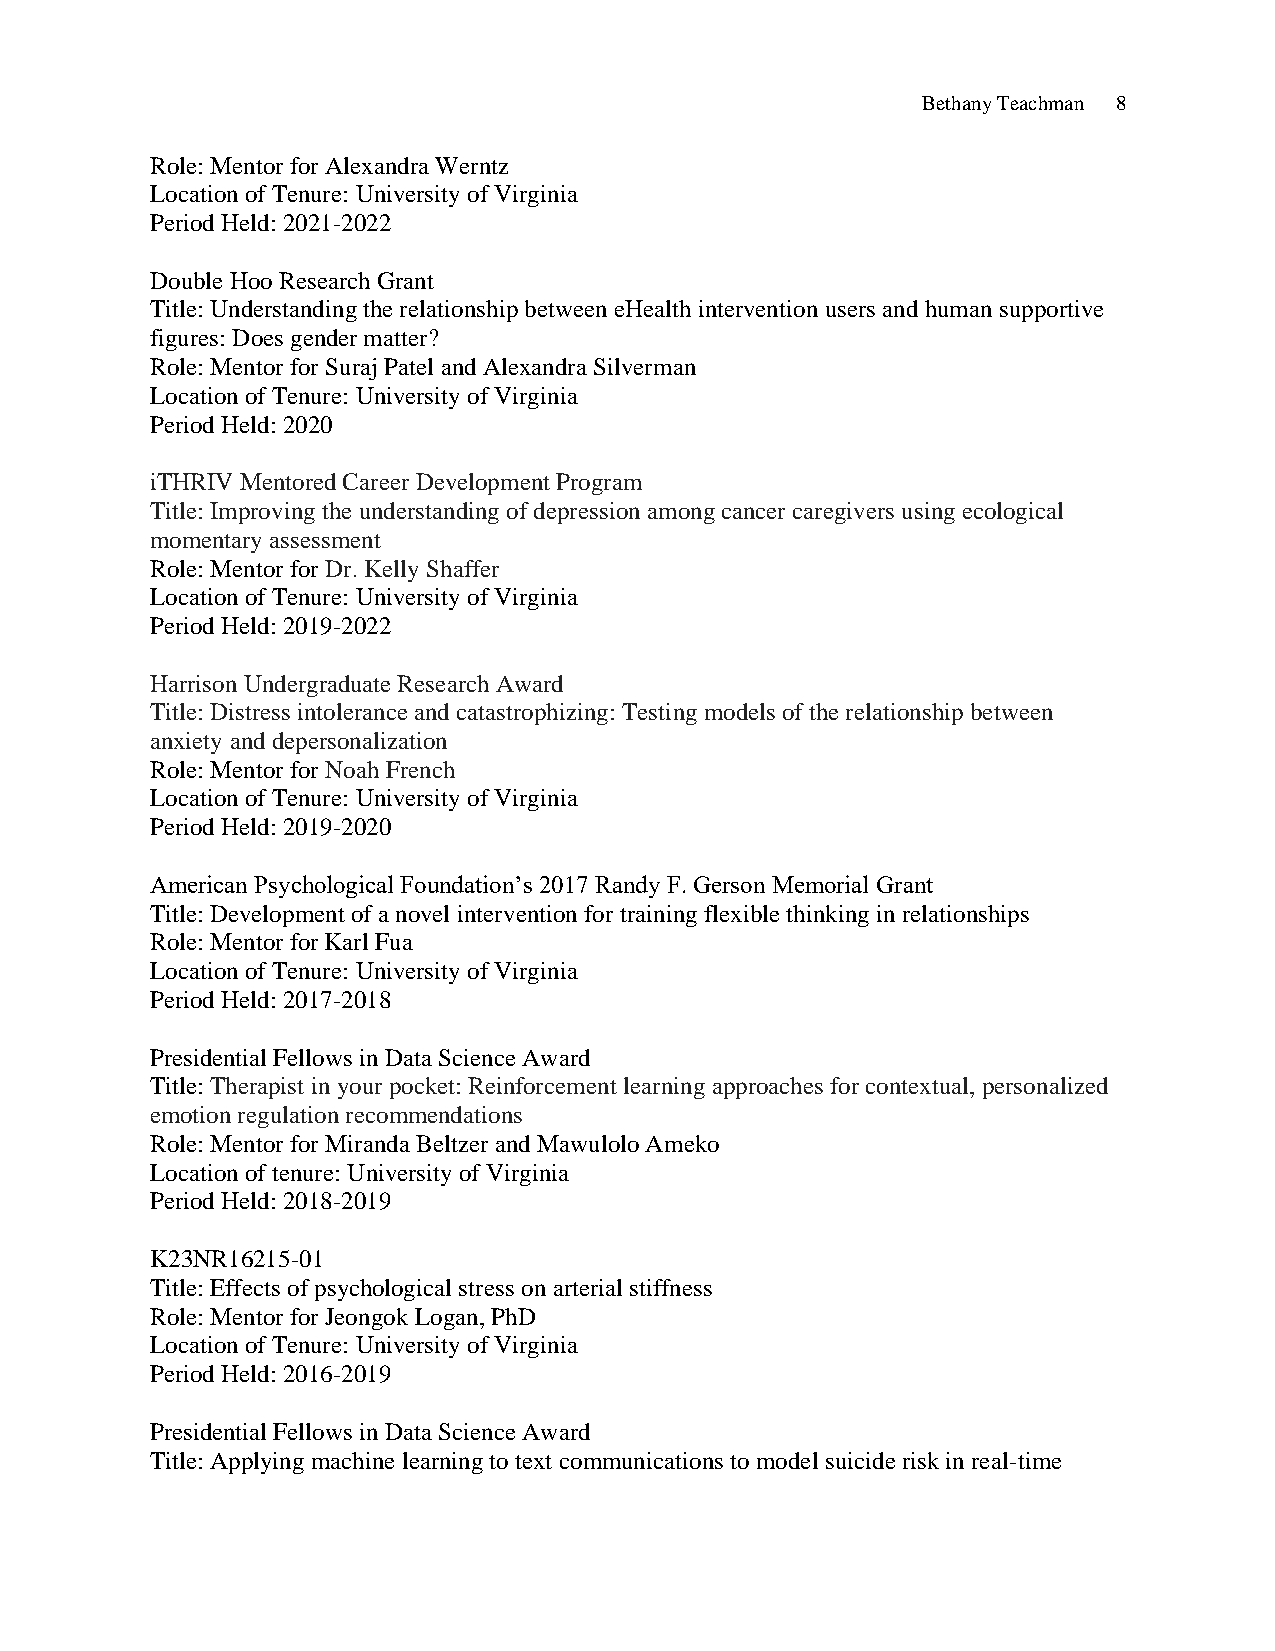
Bethany Teachman 8
 Role: Mentor for Alexandra Werntz
 Location of Tenure: University of Virginia
 Period Held: 2021-2022
 Double Hoo Research Grant
 Title: Understanding the relationship between eHealth intervention users and human supportive
 figures: Does gender matter?
 Role: Mentor for Suraj Patel and Alexandra Silverman
 Location of Tenure: University of Virginia
 Period Held: 2020
 iTHRIV Mentored Career Development Program
 Title: Improving the understanding of depression among cancer caregivers using ecological
 momentary assessment
 Role: Mentor for Dr. Kelly Shaffer
 Location of Tenure: University of Virginia
 Period Held: 2019-2022
 Harrison Undergraduate Research Award
 Title: Distress intolerance and catastrophizing: Testing models of the relationship between
 anxiety and depersonalization
 Role: Mentor for Noah French
 Location of Tenure: University of Virginia
 Period Held: 2019-2020
 American Psychological Foundation’s 2017 Randy F. Gerson Memorial Grant
 Title: Development of a novel intervention for training flexible thinking in relationships
 Role: Mentor for Karl Fua
 Location of Tenure: University of Virginia
 Period Held: 2017-2018
 Presidential Fellows in Data Science Award
 Title: Therapist in your pocket: Reinforcement learning approaches for contextual, personalized
 emotion regulation recommendations
 Role: Mentor for Miranda Beltzer and Mawulolo Ameko
 Location of tenure: University of Virginia
 Period Held: 2018-2019
 K23NR16215-01
 Title: Effects of psychological stress on arterial stiffness
 Role: Mentor for Jeongok Logan, PhD
 Location of Tenure: University of Virginia
 Period Held: 2016-2019
 Presidential Fellows in Data Science Award
 Title: Applying machine learning to text communications to model suicide risk in real-time